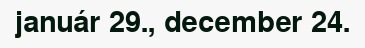
január 29., december 24.